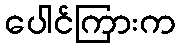
ပေါင်ကြားက